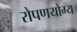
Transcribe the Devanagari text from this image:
रोपणयोग्य